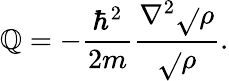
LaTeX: \mathbb{Q}=-{\frac{{\hbar^{2}}}{{2m}}}{\frac{{\nabla^{2}{\sqrt{}{{\rho}}}}}{{\sqrt{}{{\rho}}}}}.